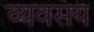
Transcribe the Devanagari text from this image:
व्यवसय